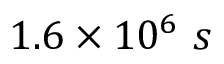
1 . 6 \times 1 0 ^ { 6 } \ s